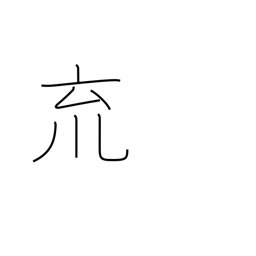
Meaning: a cup with pendants